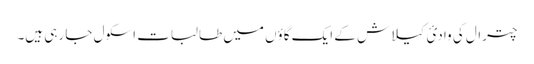
چترال کی وادیٔ کیلاش کے ایک گاؤں میں طالبات اسکول جا رہی ہیں۔